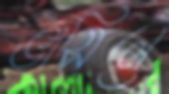
ভাসিলে